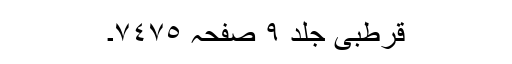
قرطبی جلد ٩ صفحہ ٧٤٧٥۔